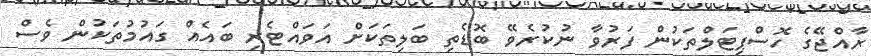
ރާއްޖޭގެ ހޮސްޕިޓަލްތަކުން ފަރުވާ ނުކުރެވޭ ބޮޑެތި ބަލިތަކަށް އަވައްޓެރި ބައެއް ގައުމުތަކުން ވެސް